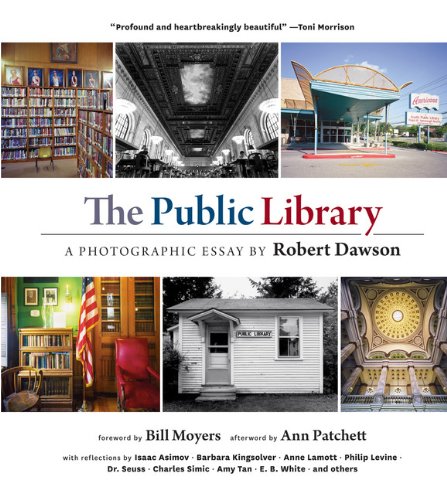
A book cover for The Public Library: A Photographic Essay; Arts & Photography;